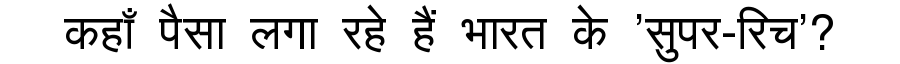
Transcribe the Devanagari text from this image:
कहाँ पैसा लगा रहे हैं भारत के 'सुपर-रिच'?